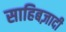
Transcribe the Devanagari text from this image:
साहिबज़ादी